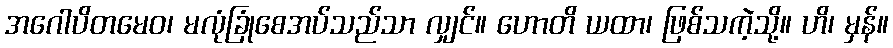
အဂေါပိတမေဝ၊ မလုံခြုံစေအပ်သည်သာ လျှင်။ ဟောတိ ယထာ၊ ဖြစ်သကဲ့သို့။ ဟိ၊ မှန်။